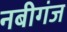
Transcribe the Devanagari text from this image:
नबीगंज